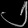
Digit: ၂